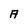
Character: A